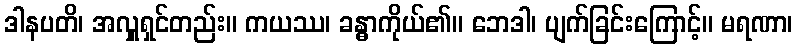
ဒါနပတိ၊ အလှူရှင်တည်း။ ကယဿ၊ ခန္ဓာကိုယ်၏။ ဘေဒါ၊ ပျက်ခြင်းကြောင့်။ မရဏာ၊